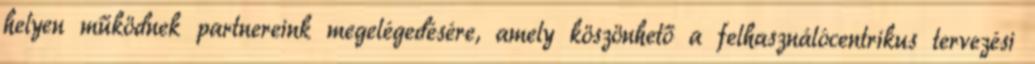
helyen működnek partnereink megelégedésére, amely köszönhető a felhasználócentrikus tervezési